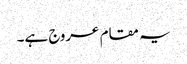
یہ مقام عروج ہے۔